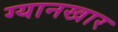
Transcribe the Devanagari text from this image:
ग्यानखार